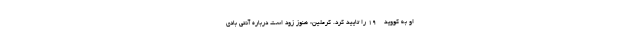
او به کووید - ۱۹ را تایید کرد. کرملین: هنوز زود است درباره آنتی بادی